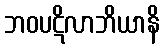
ဘဝပဋိလာဘိယာနိ